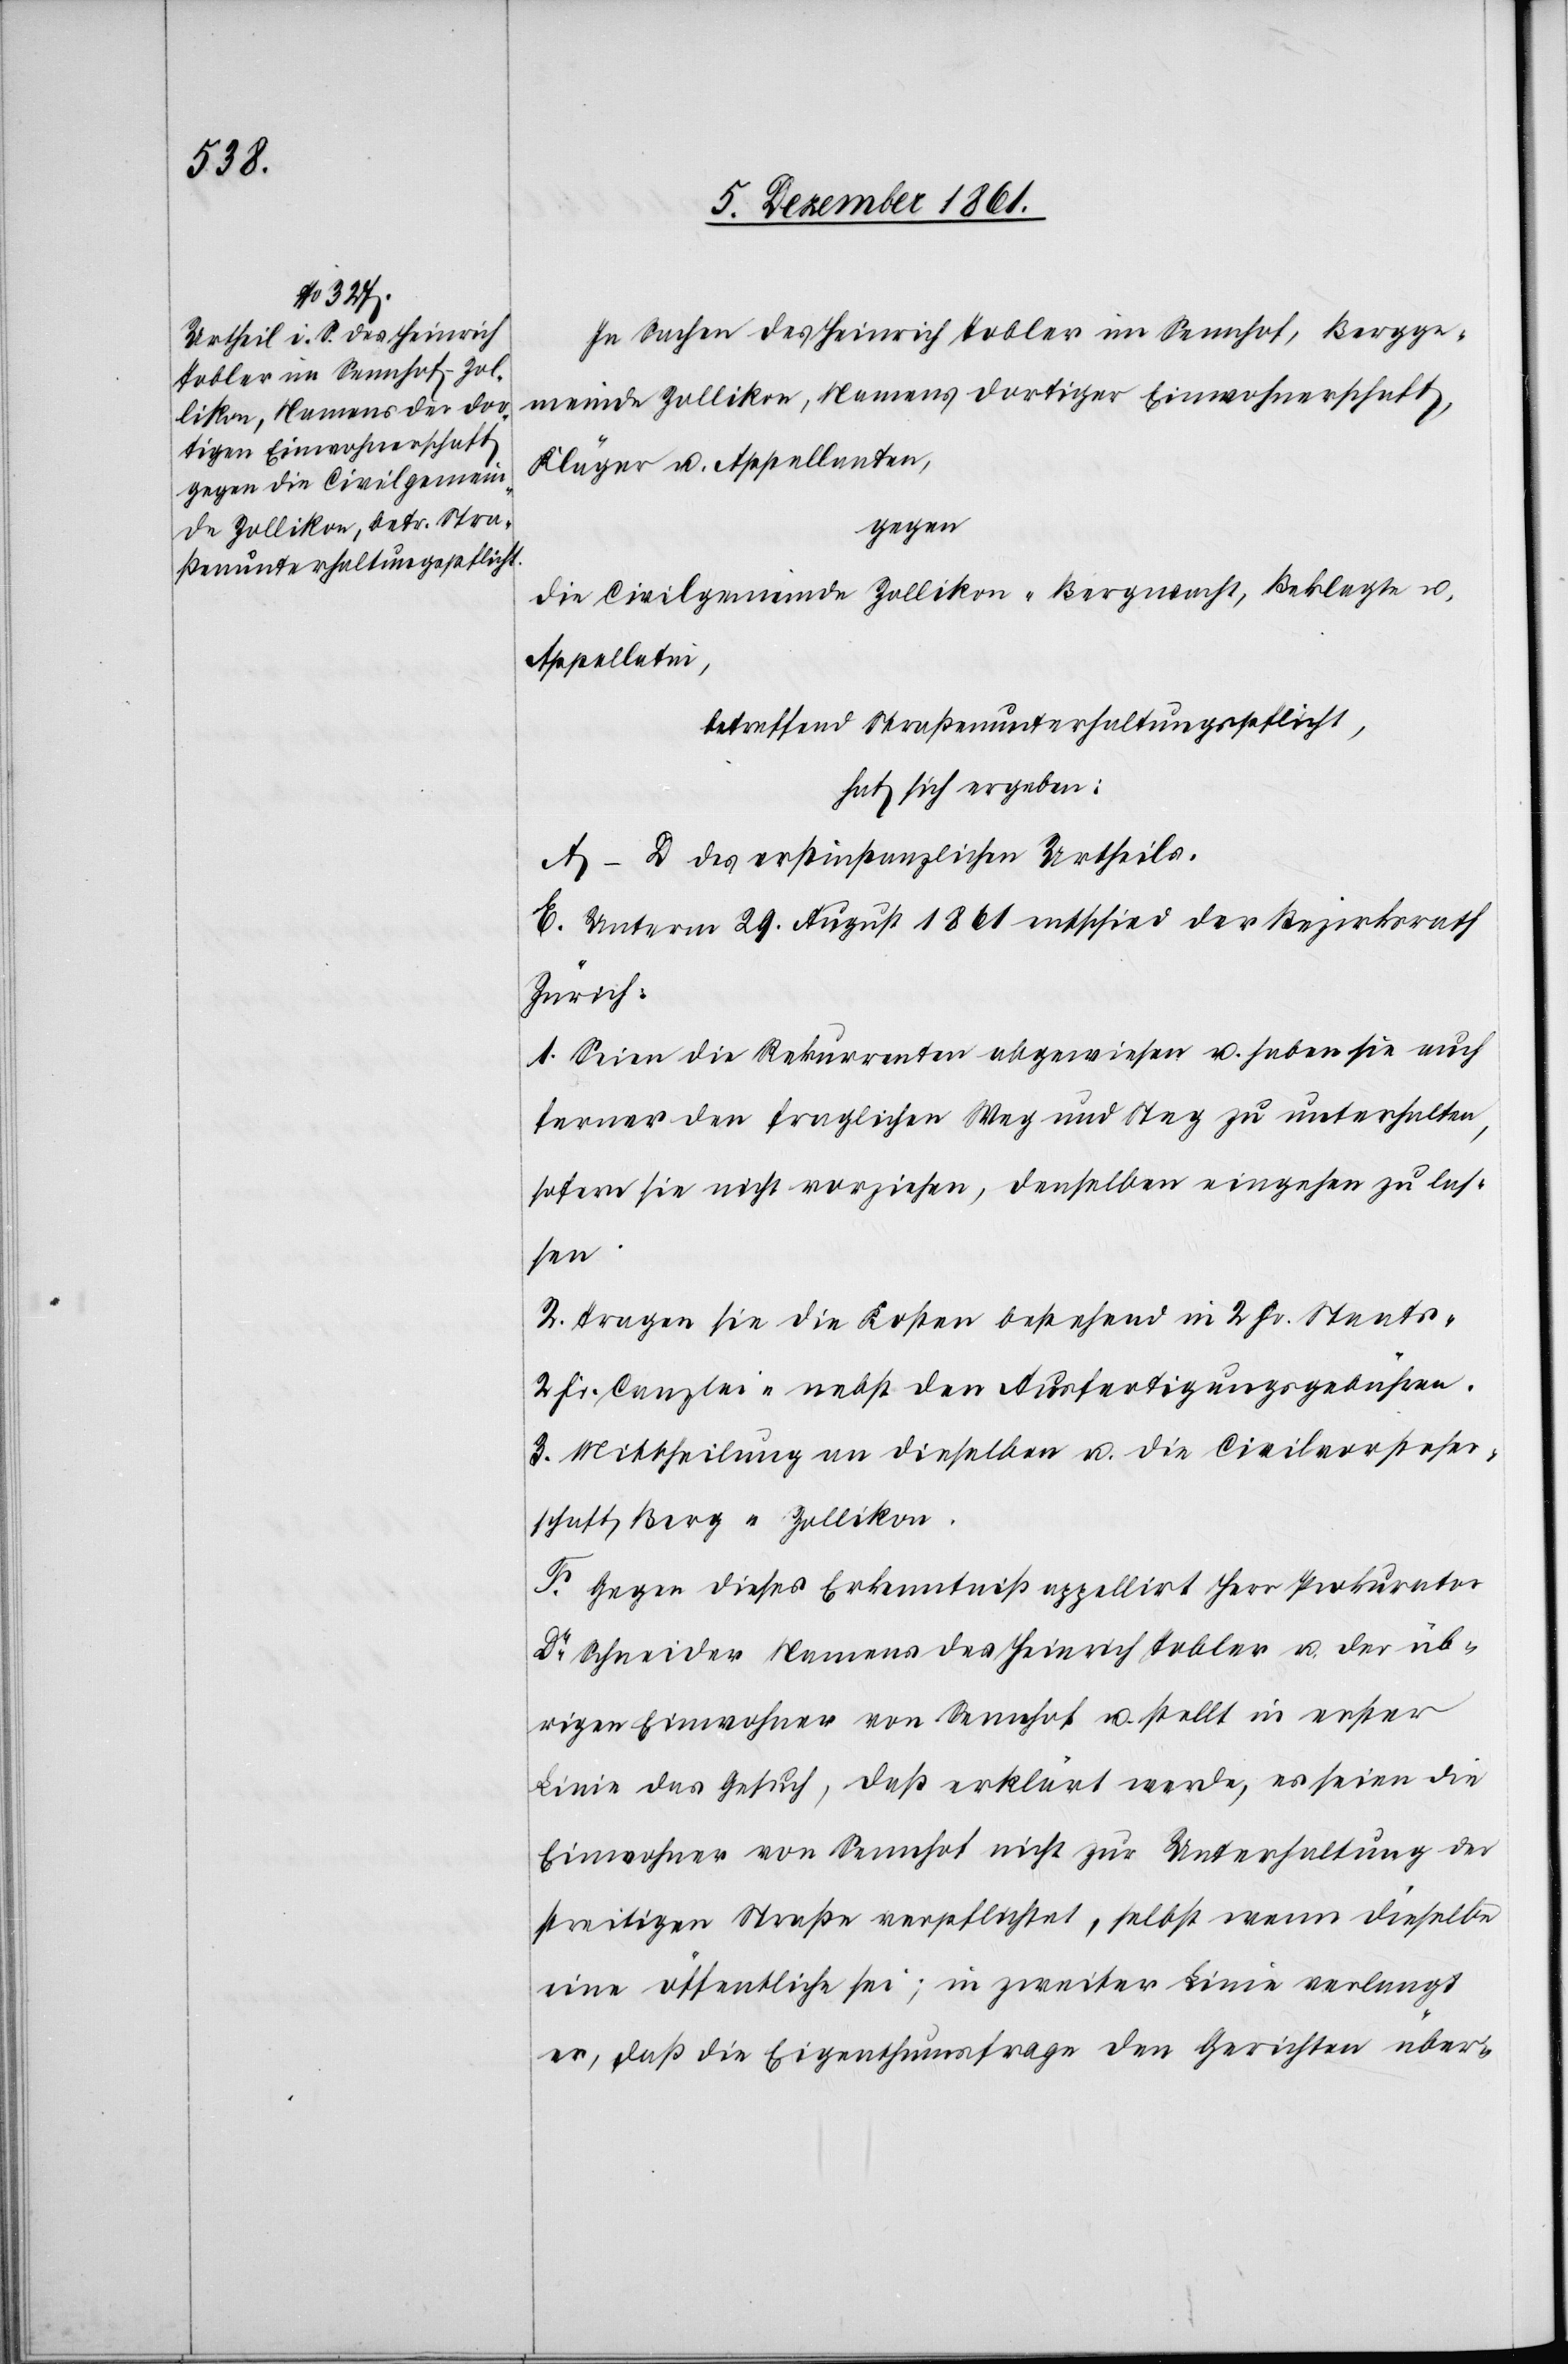
In Sachen des Heinrich Tobler im Sennhof, Bergge¬
meinde Zollikon, Namens dortiger Einwohnerschaft,
Kläger u. Appellanten,
gegen
die Civilgemeinde Zollikon-Bergwacht, Beklagte u.
Appellatin,
betreffend Straßenunterhaltungspflicht,
hat sich ergeben:
A–D des erstinstanzlichen Urtheils.
E. Unterm 29 August 1861 entschied der Bezirksrath
Zürich.
1. Seien die Rekurrenten abgewiesen u. haben sie auch
ferner den fraglichen Weg und Steg zu unterhalten,
sofern sie nicht vorziehen, denselben eingehen zu las¬
sen.
2. Tragen sie die Kosten bestehend in 2 Fr. Staats-[,]
2 Fr. Canzlei-[,] nebst den Ausfertigungsgebühren.
3. Mittheilung an dieselben u. an die Civilvorsteher¬
schaft Berg-Zollikon.
F. Gegen dieses Erkenntniß appellirt Herr Prokurator
Dr Schneider Namens des Heinrich Tobler u. der üb¬
rigen Einwohner von Sennhof u. stellt in erster
Linie das Gesuch, daß erklärt werde, es seien die
Einwohner von Sennhof nicht zur Unterhaltung der
streitigen Straße verpflichtet, selbst wenn dieselbe
eine öffentliche sei; in zweiter Linie verlangt
er, daß die Eigenthumsfrage den Gerichten über-